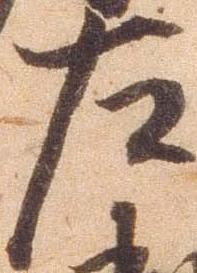
左